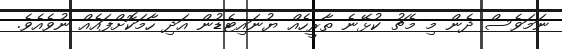
ނަމަވެސް ދެން މި މެޗު ކުޅޭނެ ތާރީހެއް ޔުނައިޓެޑުން އަދި ހާމަކޮށްފައެއް ނުވެއެވެ.